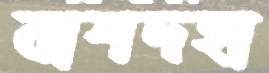
বাশদহা